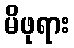
မိဖုရား